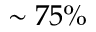
\sim 7 5 \%